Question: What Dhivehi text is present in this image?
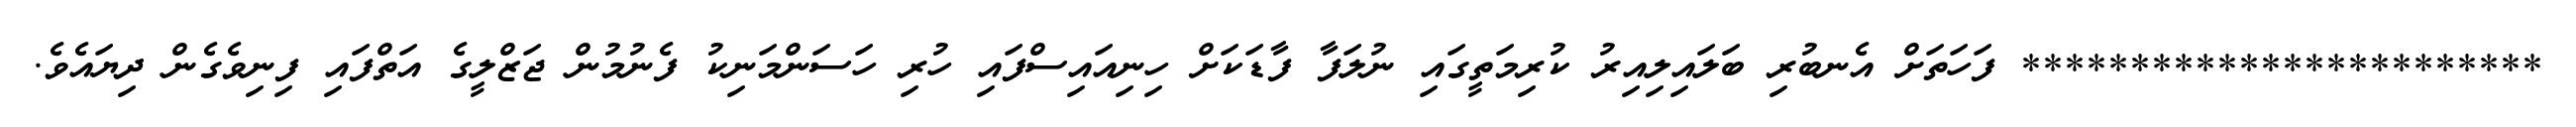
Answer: ************************ ފަހަތަށް އެނބުރި ބަލައިލިއިރު ކުރިމަތީގައި ނުލަފާ ފާޑަކަށް ހިނިއައިސްފައި ހުރި ހަސަންމަނިކު ފެނުމުން ޖަޒްލީގެ އަތްފައި ފިނިވެގެން ދިޔައެވެ.